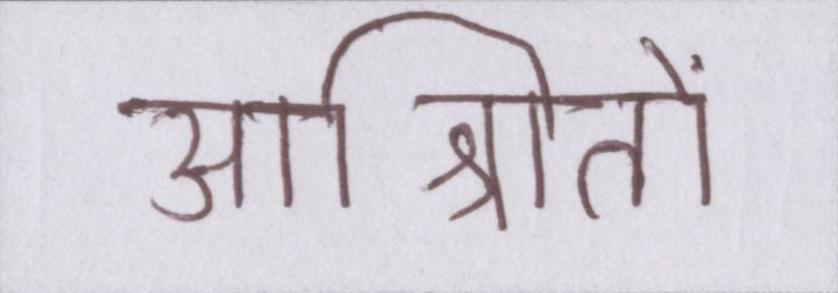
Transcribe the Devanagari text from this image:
आश्रितों